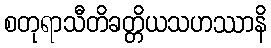
စတုရာသီတိခတ္တိယသဟဿာနိ